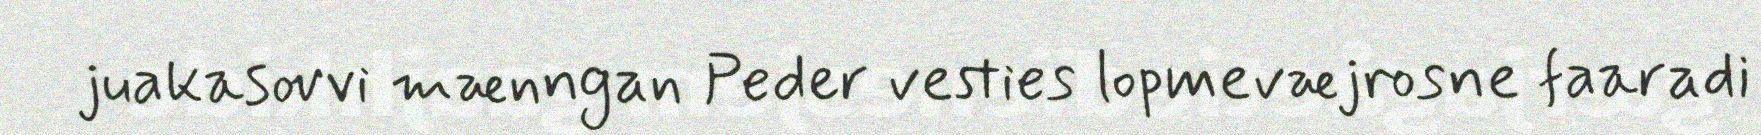
juakasovvi mænngan Peder vesties lopmevæjrosne faaradi